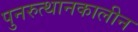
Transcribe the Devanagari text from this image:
पुनरुत्थानकालीन